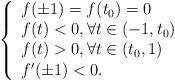
LaTeX: \begin{align*}\left\{\begin{array}{l}f(\pm1)=f(t_0)=0\\f(t)<0, \forall t\in(-1,t_0)\\f(t)>0, \forall t\in(t_0,1)\\f'(\pm1)<0.\end{array}\right.\end{align*}